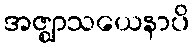
အဇ္ဈာသယေနာပိ